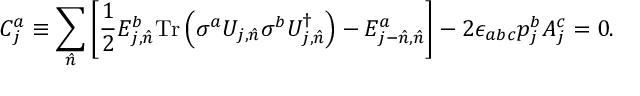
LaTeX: C _ { j } ^ { a } \equiv \sum _ { \hat { n } } \left[ { \frac { 1 } { 2 } } E _ { j , { \hat { n } } } ^ { b } \mathrm { T r } \left( \sigma ^ { a } U _ { j , { \hat { n } } } \sigma ^ { b } U _ { j , { \hat { n } } } ^ { \dagger } \right) - E _ { j - { \hat { n } } , { \hat { n } } } ^ { a } \right] - 2 \epsilon _ { a b c } p _ { j } ^ { b } A _ { j } ^ { c } = 0 .